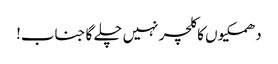
دھمکیوں کا کلچر نہیں چلے گا جناب!